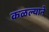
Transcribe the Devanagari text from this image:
कळल्याने